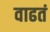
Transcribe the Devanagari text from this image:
वाढतं